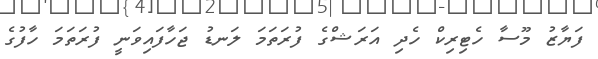
ފަޔާޒު މޫސާ ހެޓިރިކް ހެދި އަރަޝްގެ ފުރަތަމަ ލަނޑު ޖަހާފައިވަނީ ފުރަތަމަ ހާފުގެ